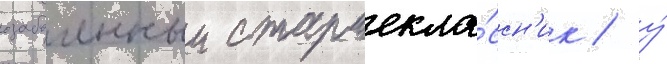
озабоченныи старшекла́ссн'ик / у́